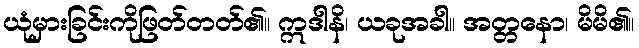
ယုံမှားခြင်းကိုဖြတ်တတ်၏။ ဣဒါနိ၊ ယခုအခါ။ အတ္တနော၊ မိမိ၏။